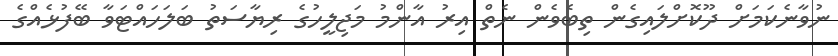
ނުވާނެކަމަށް ދޫކޮށްލައިގެން ތިބެވެން ނެތް އިރު އާންމު މަޖިލީހުގެ ރިޔާސަތު ބަލަހައްޓަވާ ބޭފުޅެއްގެ